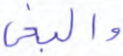
والبغي